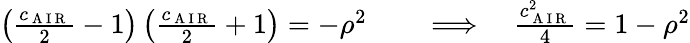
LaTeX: \begin{array}{rl}{\left(\frac{c_{\mathrm{~A~I~R~}}}{2}-1\right)\left(\frac{c_{\mathrm{~A~I~R~}}}{2}+1\right)=-\rho^{2}\quad}&{{}\Longrightarrow\quad\frac{c_{\mathrm{~A~I~R~}}^{2}}{4}=1-\rho^{2}}\end{array}